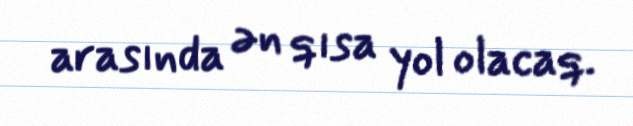
arasında ən qısa yol olacaq.